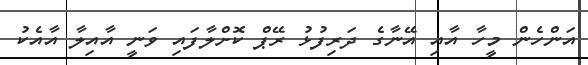
އަންހެން މީހާ އާއި އޭނާގެ ދަރިފުޅު ރޭޕް ކޮށްލާފައި ވަނީ އާއިލާ އާއެކު